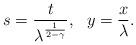
LaTeX: \begin{align*}s = \frac{t}{\lambda^{\frac{1}{2-\gamma}}}, \ \ y = \frac{x}{\lambda}.\end{align*}